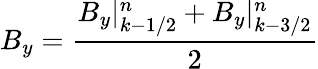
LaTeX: B_{y}=\frac{B_{y}|_{k-1/2}^{n}+B_{y}|_{k-3/2}^{n}}{2}